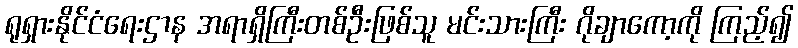
ရုရှားနိုင်ငံရေးဌာန အရာရှိကြီးတစ်ဦးဖြစ်သူ မင်းသားကြီး ဂိုချာကော့ကို ကြည့်၍